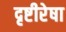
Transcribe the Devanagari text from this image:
दृष्टीरेषा